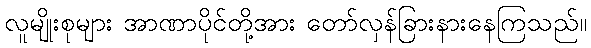
လူမျိုးစုများ အာဏာပိုင်တို့အား တော်လှန်ခြားနားနေကြသည်။